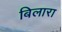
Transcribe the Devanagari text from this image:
बिलारा